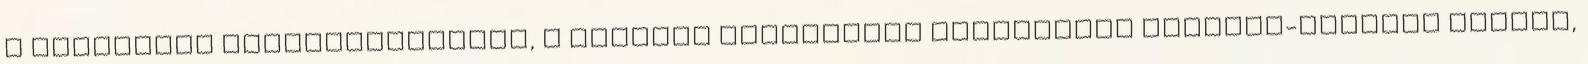
a munkaadók visszajelzéseit, a doktori fokozattal rendelkező oktatók-kutatók számát,